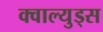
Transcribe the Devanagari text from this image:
क्वाल्युड्स